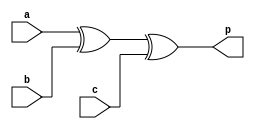
`timescale 1ns / 1ps
// PFA truth table and circuit diagram for each code
module even_parity(
    input a,
    input b,
    input c,
    output p
    );
// this ciruit is 3 bit parity checker circuit
 wire w1;
 xor (w1, a,b);
 xor (p, w1, c);
 

endmodule